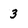
Character: 3